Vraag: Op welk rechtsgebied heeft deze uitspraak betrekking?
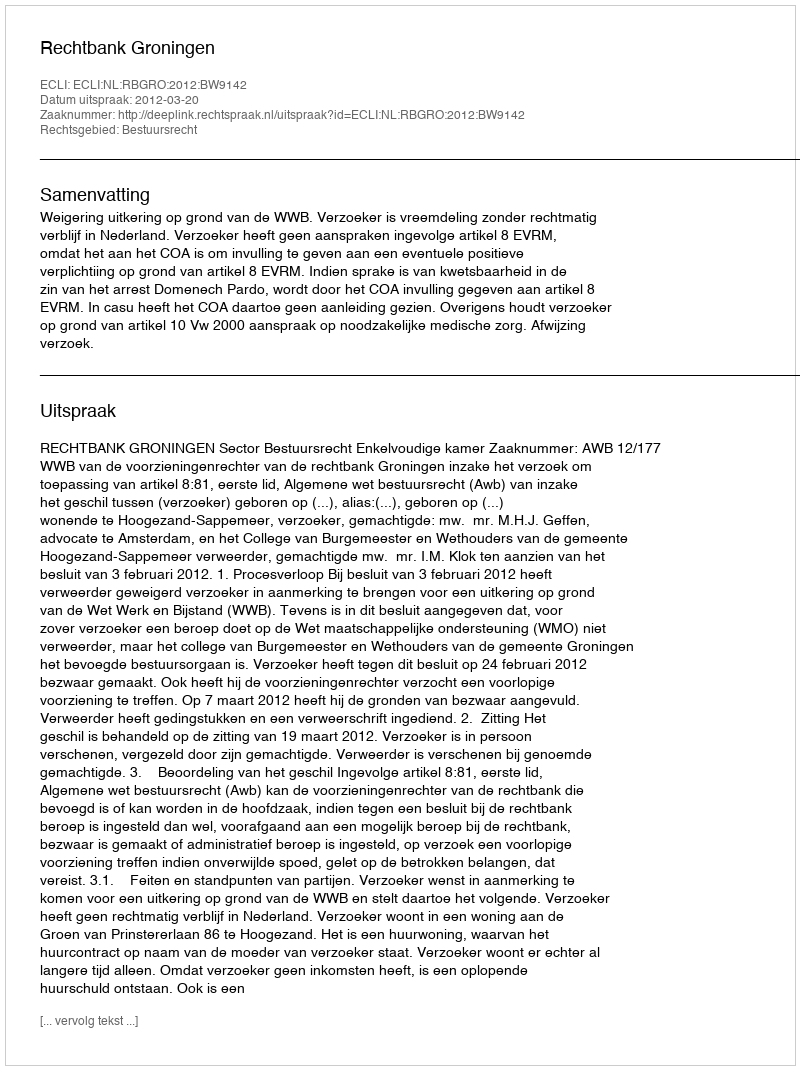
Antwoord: Bestuursrecht